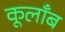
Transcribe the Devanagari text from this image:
कूलाँब